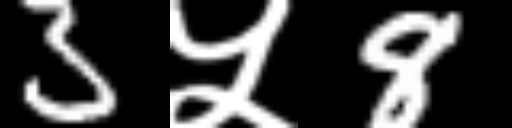
Text: 3५8